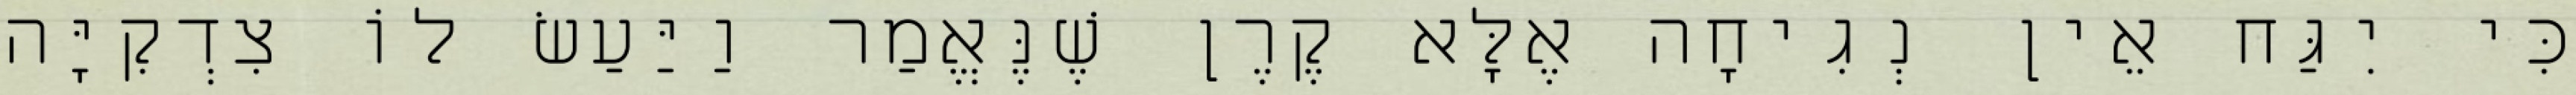
כִּי יִגַּח אֵין נְגִיחָה אֶלָּא קֶרֶן שֶׁנֶּאֱמַר וַיַּעַשׂ לוֹ צִדְקִיָּה